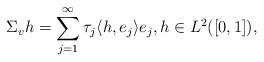
LaTeX: \begin{align*}\Sigma _v h = \sum _{j=1} ^\infty {\tau_j \langle h, e_j \rangle e_j}, h \in L^2([0,1]), \end{align*}